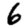
Digit: 6